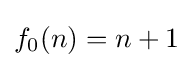
f_{0}(n)=n+1